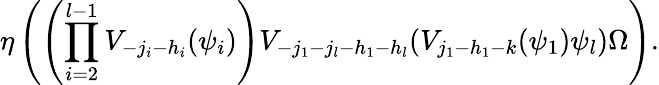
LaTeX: \eta\left(\left(\prod_{i=2}^{l-1}V_{-j_{i}-h_{i}}(\psi_{i})\right)V_{-j_{1}-j_{l}-h_{1}-h_{l}}(V_{j_{1}-h_{1}-k}(\psi_{1})\psi_{l})\Omega\right).